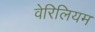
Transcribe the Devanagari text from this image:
वेरिलियम